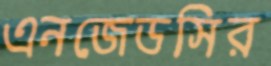
এনজেডসির